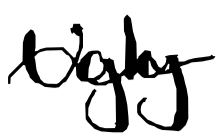
Text: Ugly
Cross-out: mix
Writing tool: digital_black